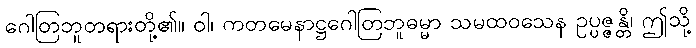
ဂေါတြဘူတရားတို့၏။ ဝါ၊ ကတမေနာဋ္ဌဂေါတြဘူဓမ္မာ သမထဝသေန ဥပ္ပဇ္ဇန္တိ၊ ဤသို့